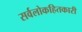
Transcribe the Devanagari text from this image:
सर्वलोकहितकारी